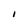
Character: l